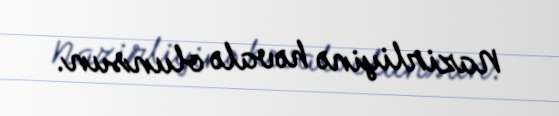
Nazirliyinə həvalə olunsun.